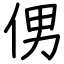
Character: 侽